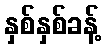
နှစ်နှစ်ခန့်